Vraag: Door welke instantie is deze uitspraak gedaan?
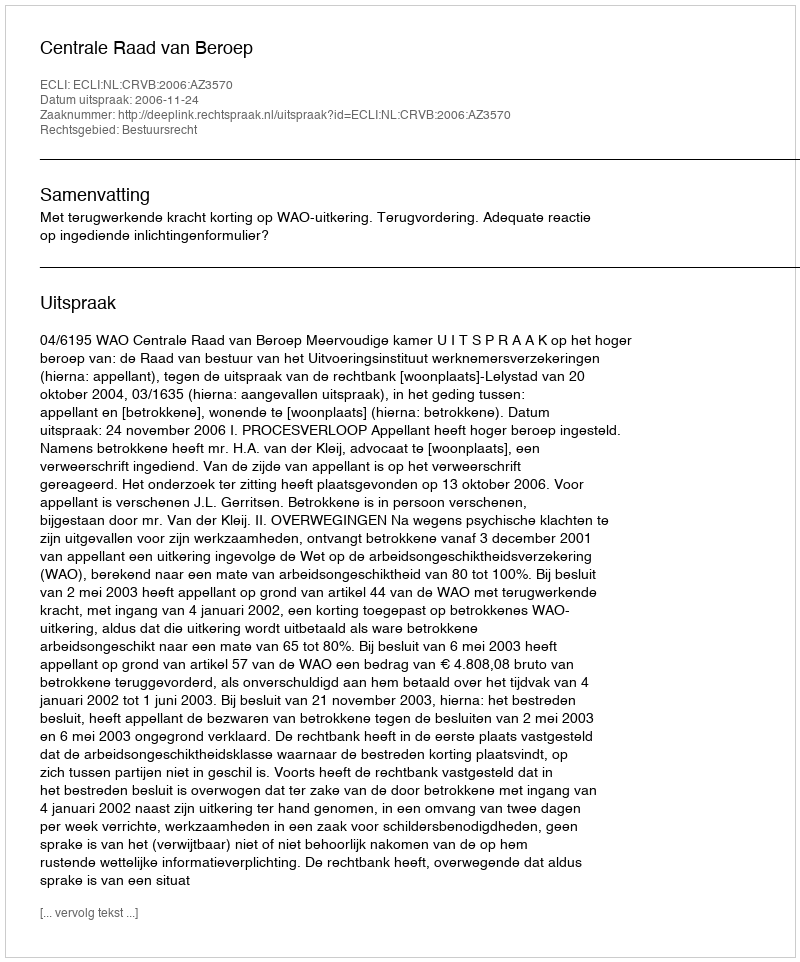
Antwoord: Centrale Raad van Beroep